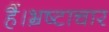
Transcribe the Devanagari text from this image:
हैं।भ्रष्टाचार